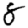
Digit: 8